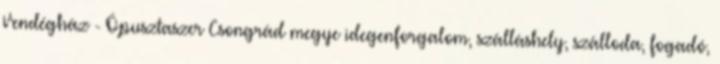
Vendégház - Ópusztaszer Csongrád megye idegenforgalom, szálláshely, szálloda, fogadó,